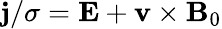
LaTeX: \mathbf{j}/\sigma=\mathbf{E}+\mathbf{v}\times\mathbf{B}_{0}